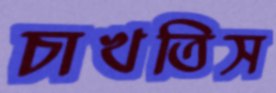
চাখতিস